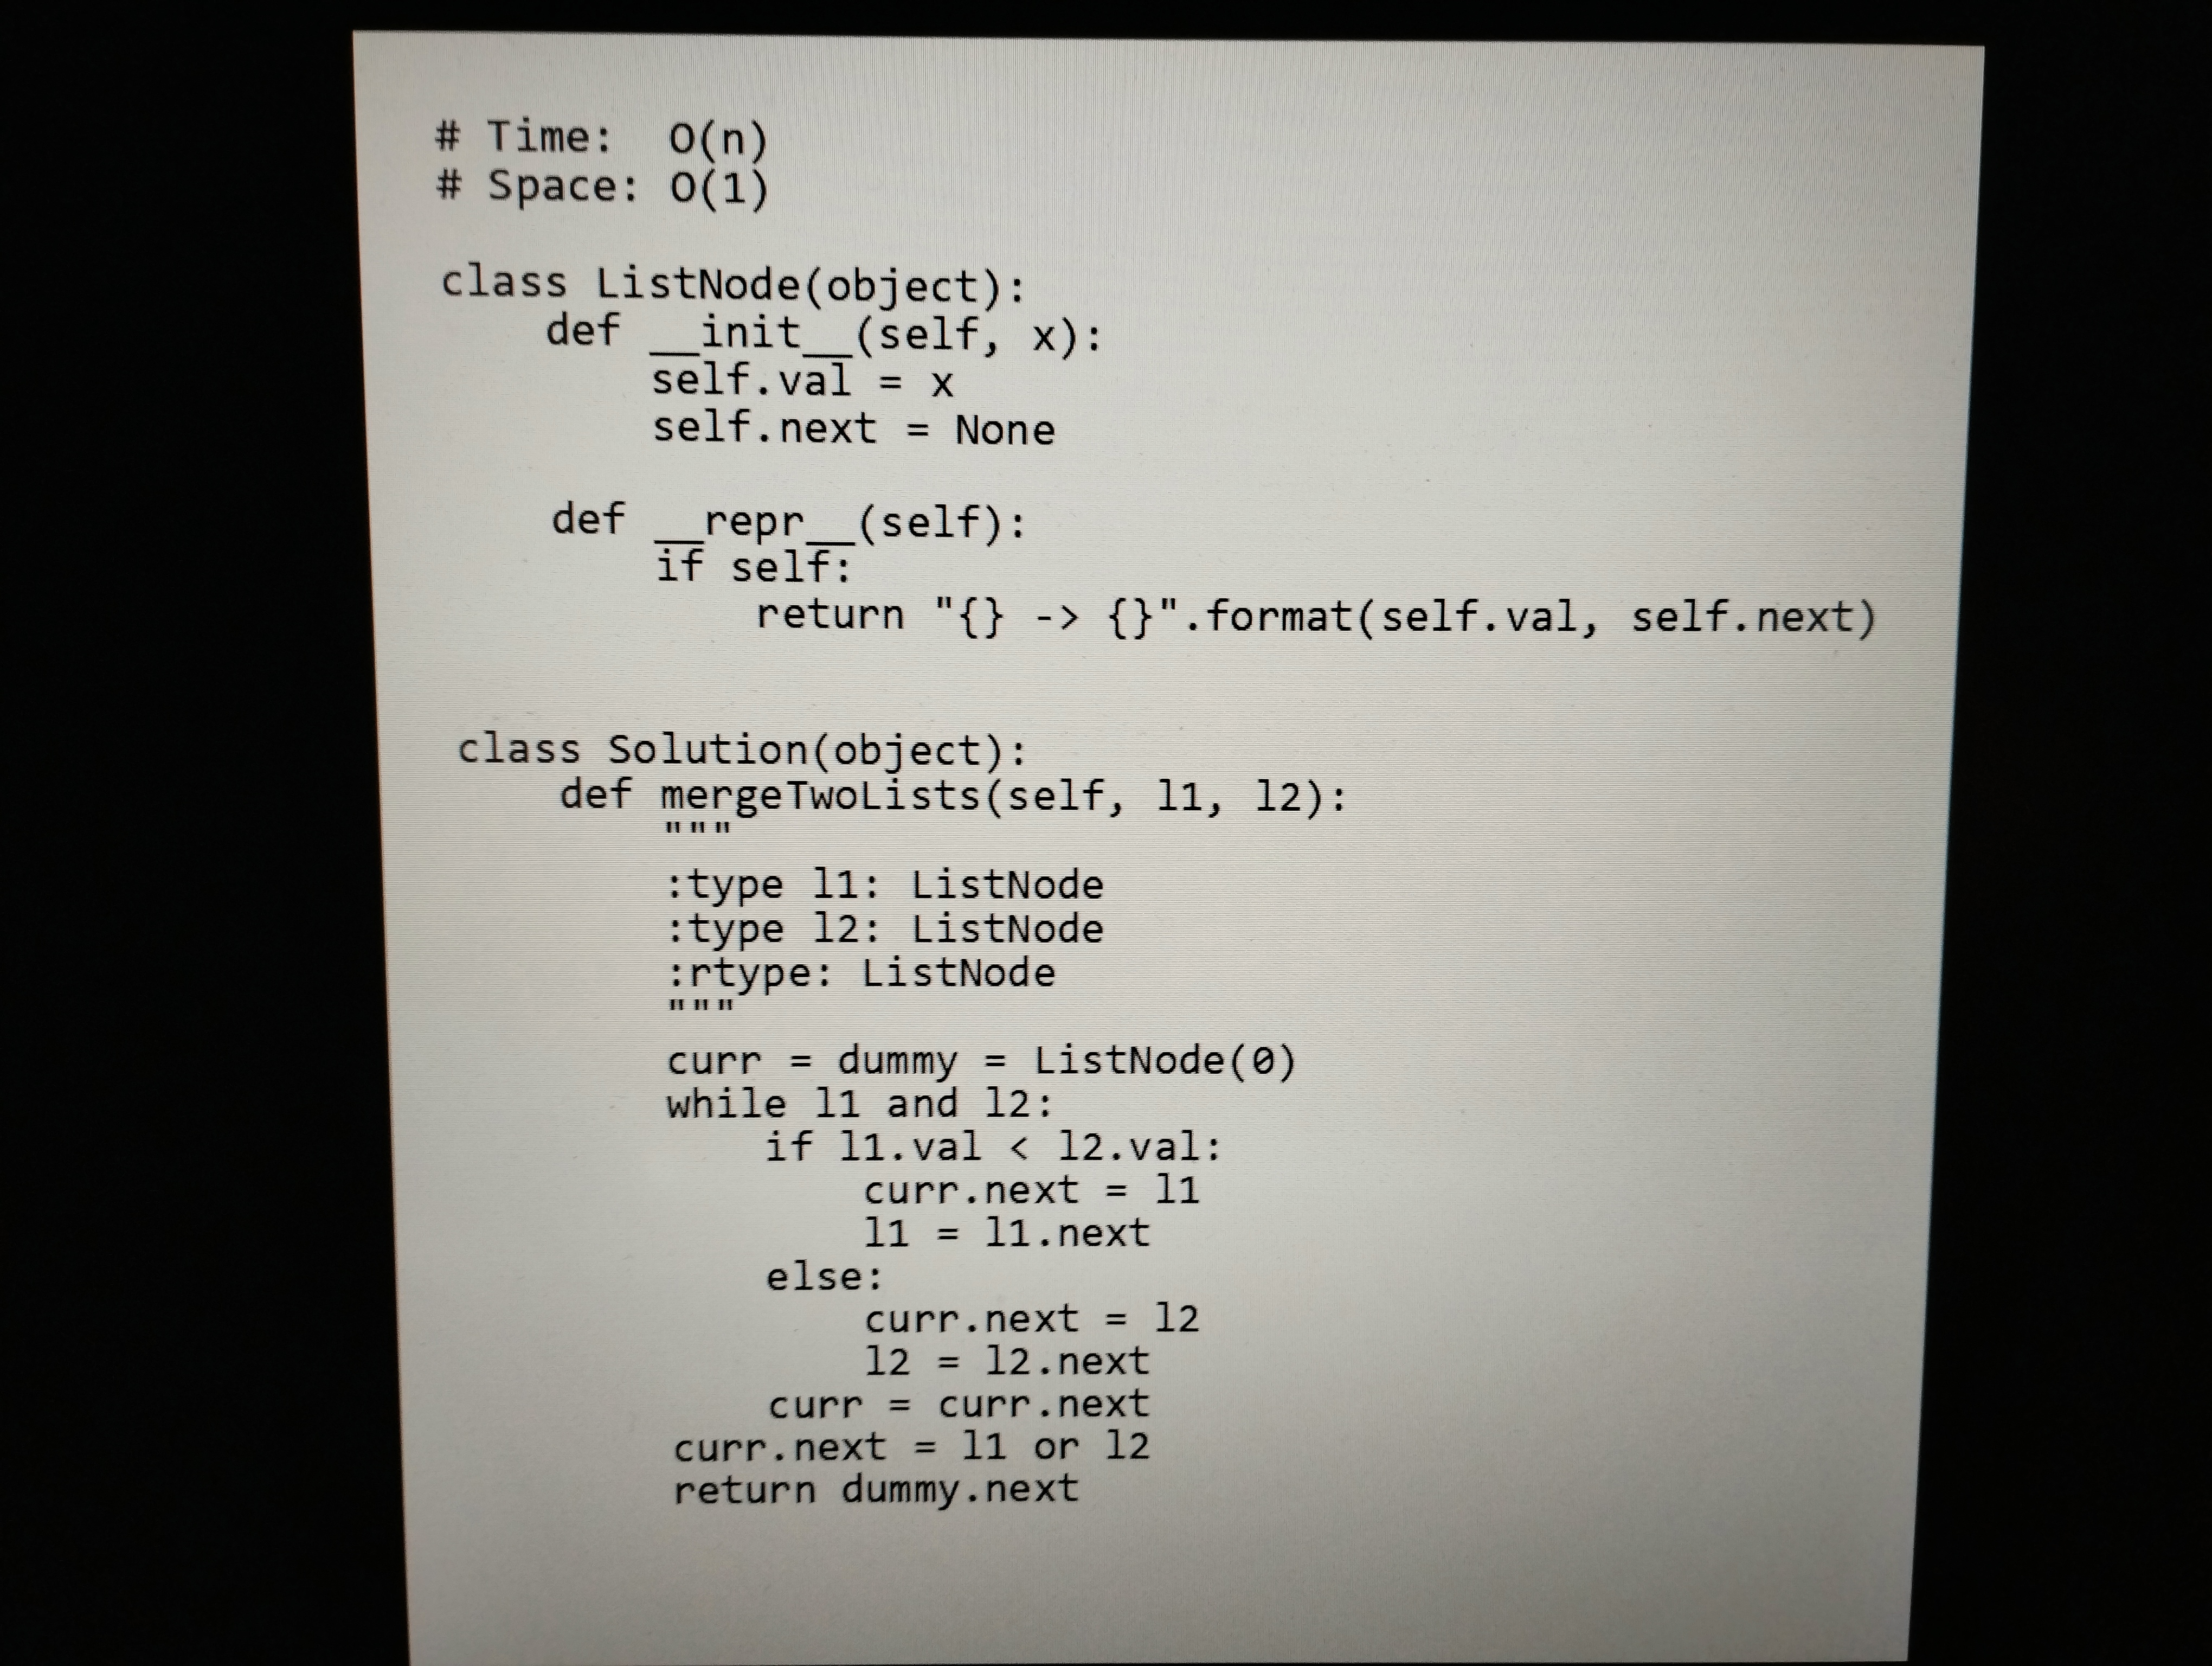
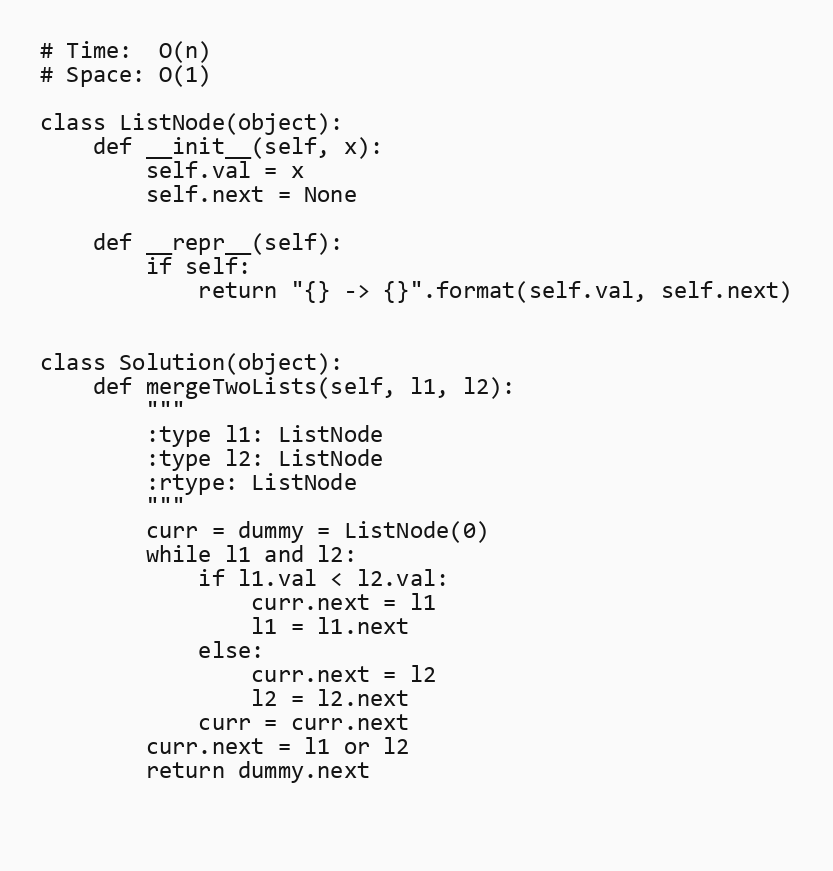
# Time:  O(n)
# Space: O(1)

class ListNode(object):
    def __init__(self, x):
        self.val = x
        self.next = None

    def __repr__(self):
        if self:
            return "{} -> {}".format(self.val, self.next)

class Solution(object):
    def mergeTwoLists(self, l1, l2):
        """
        :type l1: ListNode
        :type l2: ListNode
        :rtype: ListNode
        """
        curr = dummy = ListNode(0)
        while l1 and l2:
            if l1.val < l2.val:
                curr.next = l1
                l1 = l1.next
            else:
                curr.next = l2
                l2 = l2.next
            curr = curr.next
        curr.next = l1 or l2
        return dummy.next